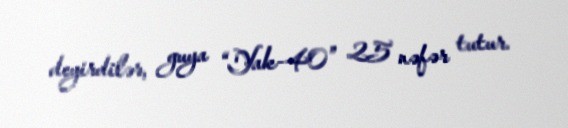
deyirdilər, guya “Yak-40” 25 nəfər tutur.